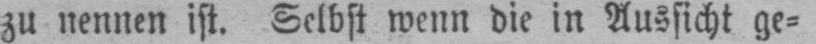
zu nennen ist. Selbst wenn die in Aussicht ge⸗